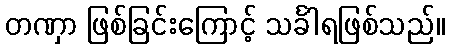
တဏှာ ဖြစ်ခြင်းကြောင့် သင်္ခါရဖြစ်သည်။